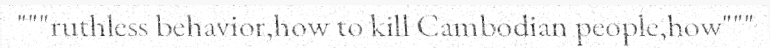
"""ruthless behavior,how to kill Cambodian people,how"""